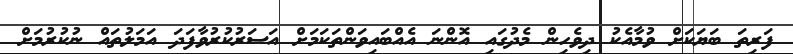
ފަރިތަ ބަޔަކަށް ވުމާއެކު ދިވެހިން މެދުގައި އޮންނަ އެއްބައިވަންތަކަމަށް އަސަރުކުރުވާފަދަ އަމަލުތައް ނުކުރުމަށް